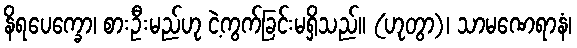
နိရပေက္ခော၊ စားဦးမည်ဟု ငဲ့ကွက်ခြင်းမရှိသည်။ (ဟုတွာ)၊ သာမဏေရာနံ၊